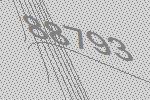
88793